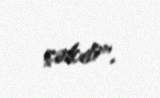
çəkdi".